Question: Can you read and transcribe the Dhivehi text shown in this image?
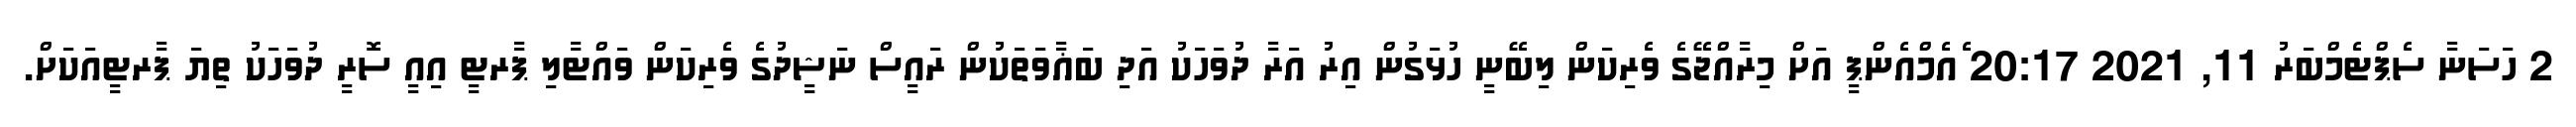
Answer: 2 ހަސަނާ ސެޕްޓެމްބަރު 11, 2021 20:17 ެއެމްއެންޕީ އަށް މިރާއްޖޭގެ ވެރިކަން ލިބޭނީ ހުޅަގުން އިރު އަރާ ދުވަހަކު އަދި ބަޣާވަތަކުން ރައީސް ނަޝީދުގެ ވެރިކަން ވައްޓާލި ޕާރޓީ އިއީ ސޮރީ ދުވަހަކު ތިޔަ ޕާރޓީއަކަށް.